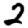
Digit: 2